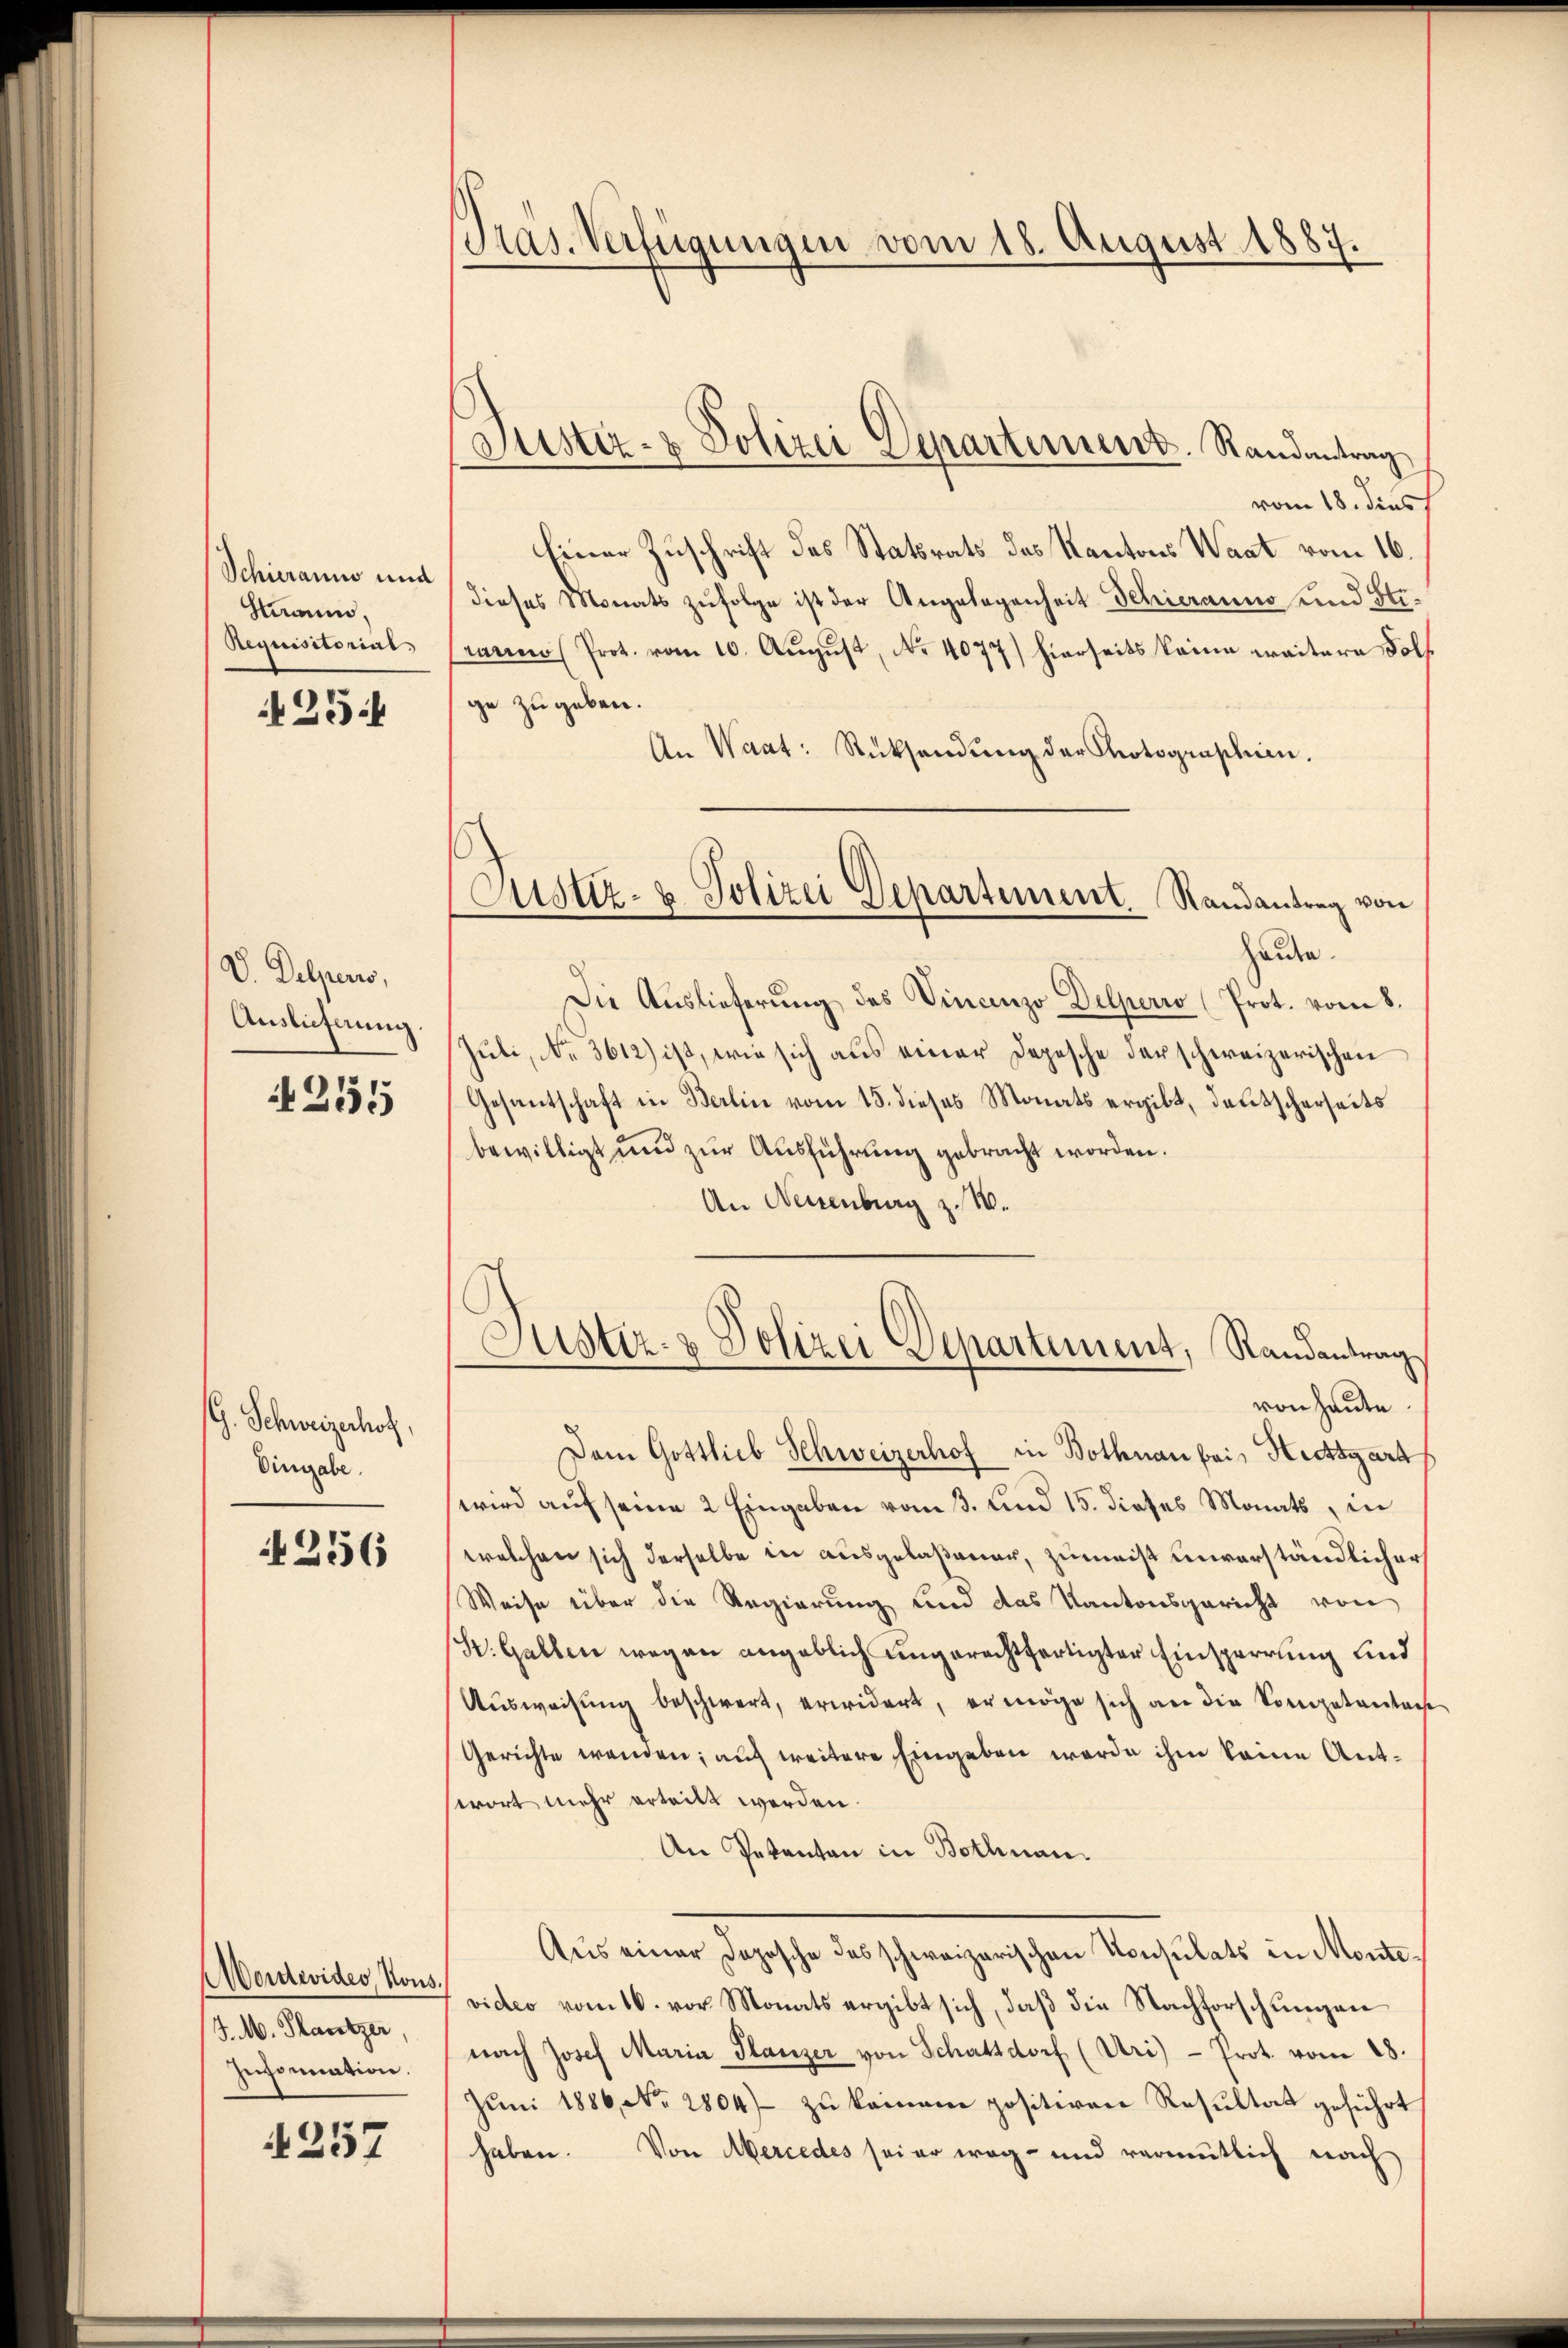
Schieranno und
Stian,
Requisitorial.

254

V. Delpers,
Auslieferung.

255

G. Schweizerhof,
Eingabe.

256

Aordwider, Kons.
J. M. Plantzer,
Inormation.

4257

Präs. Verfügungen vom 18. August 1887.

Justiz- & Polizei Departement. Randantrag

vom 18. dies
Einer Zuschrift des Statsrats das Kantons Waat vom 16.
dieses Monats zufolge ist der Angelegenheit Schieranno und Stimnino Prot. vom 10. August, No. 4077) hierseits keine weitere Folf
ge zu geben.
An Waat: Rücksendŭng der Photographien.
Haute.
Die Auslieferung des Vincenzo Delperio (Prot. vom 8.
Juli, No. 3612) ist, wie sich aus einer Depesche der schweizerischen
Gesantschaft in Berlin vom 15. dieses Monats ergibt, deutscherseits
bewilligt und zur Ausführung gebracht worden.
An Neuenburg z. 10.
Justiz- & Polizei Departement, Randantrag
von heute
Dem Gottlieb Schweizerhof in Bothnau bei Hiettgart
wird auf seine 2 Eingaben vom 3. und 15. dieses Monats, in
welchen sich derselbe in ausgelaßener, zumeist unverständlicher
Weise über die Regierung und das Kantonsgericht von
St. Gallen wegen angeblich ungerechtfertigter Einsperrung und
Ausweisung beschwert, erwidert, er möge sich an die Kompetentag
Gerichte wenden; auch weitere Eingeben werde ihm keine Antwort mehr erteilt werden.
An Petenten in Bothnau.
Aus einer Dopische des schweizerischen Konsulats in Montevideo vom 16. vor. Monats ergibt sich, daß die Nachforschungen
nach Josef Maria Glanzer von Schattdorf (Uri) - Prot. vom 28.
Juni 1886, No. 2804) zu keinem positiven Resultat geführt
haben. Von Mercedes sei er weg- und vermutlich nach

Justiz- & Polizei Departement. Randantrag von